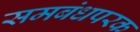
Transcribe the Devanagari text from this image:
समबंधपरक